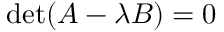
\operatorname* { d e t } ( A - \lambda B ) = 0